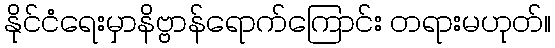
နိုင်ငံရေးမှာနိဗ္ဗာန်ရောက်ကြောင်း တရားမဟုတ်။